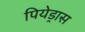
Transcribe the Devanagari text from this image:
पियेड्रास